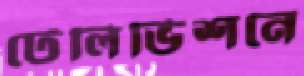
টেলিভিশনে